Report on vaccination in the Province of Bengal - 1869-1873
Year: 1869
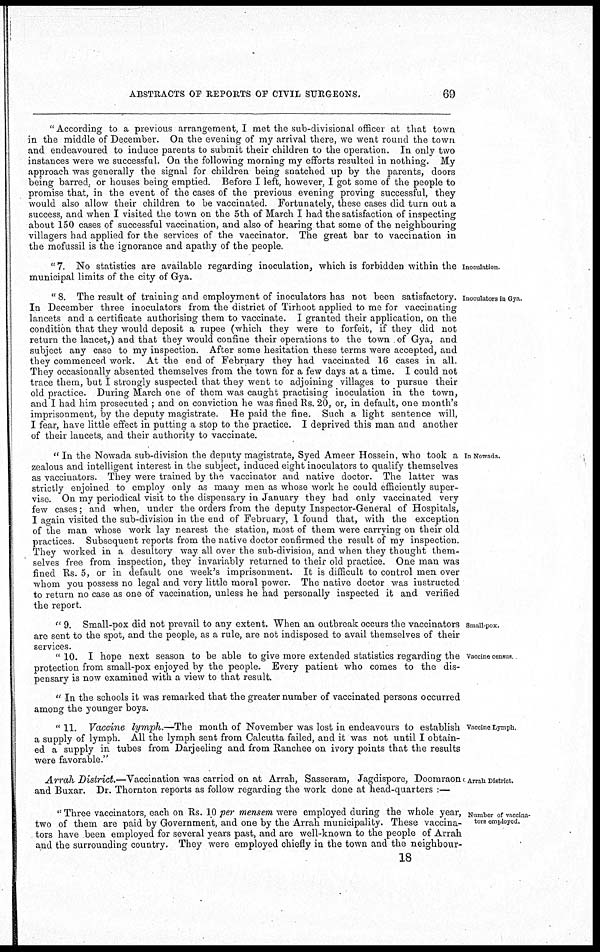
ABSTRACTS OF REPORTS OF CIVIL SURGEONS.
69
" According to a previous arrangement, I met the sub-divisional officer at that town
in the middle of December. On the evening of my arrival there, we went round the town
and endeavoured to induce parents to submit their children to the operation. In only two
instances were we successful. On the following morning my efforts resulted in nothing. My
approach was generally the signal for children being snatched up by the parents, doors
being barred, or houses being emptied. Before I left, however, I got some of the people to
promise that, in the event of the cases of the previous evening proving successful, they
would also allow their children to be vaccinated. Fortunately, these cases did turn out a
success, and when I visited the town on the 5th of March I had the satisfaction of inspecting
about 150 cases of successful vaccination, and also of hearing that some of the neighbouring
villagers had applied for the services of the vaccinator. The great bar to vaccination in
the mofussil is the ignorance and apathy of the people.
Inoculation.
" 7. No statistics are available regarding inoculation, which is forbidden within the
municipal limits of the city of Gya.
Inoculators in Gya.
" 8. The result of training and employment of inoculators has not been satisfactory.
In December three inoculators from the district of Tirhoot applied to me for vaccinating
lancets and a certificate authorising them to vaccinate. I granted their application, on the
condition that they would deposit a rupee (which they were to forfeit, if they did not
return the lancet,) and that they would confine their operations to the town of Gya, and
subject any case to my inspection. After some hesitation these terms were accepted, and
they commenced work. At the end of February they had vaccinated 16 cases in all.
They occasionally absented themselves from the town for a few days at a time. I could not
trace them, but I strongly suspected that they went to adjoining villages to pursue their
old practice. During March one of them was caught practising inoculation in the town,
and I had him prosecuted ; and on conviction he was fined Rs. 20, or, in default, one month's
imprisonment, by the deputy magistrate. He paid the fine. Such a light sentence will,
I fear, have little effect in putting a stop to the practice. I deprived this man and another
of their lancets, and their authority to vaccinate.
In Nowada.
" In the Nowada sub-division the deputy magistrate, Syed Ameer Hossein, who took a
zealous and intelligent interest in the subject, induced eight inoculators to qualify themselves
as vaccinators. They were trained by the vaccinator and native doctor. The latter was
strictly enjoined to employ only as many men as whose work he could efficiently super-
vise. On my periodical visit to the dispensary in January they had only vaccinated very
few cases; and when, under the orders from the deputy Inspector-General of Hospitals,
I again visited the sub-division in the end of February, 1 found that, with the exception
of the man whose work lay nearest the station, most of them were carrying on their old
practices. Subsequent reports from the native doctor confirmed the result of my inspection.
They worked in a desultory way all over the sub-division, and when they thought them-
selves free from inspection, they invariably returned to their old practice. One man was
fined Rs. 5, or in default one week's imprisonment. It is difficult to control men over
whom you possess no legal and very little moral power. The native doctor was instructed
to return no case as one of vaccination, unless he had personally inspected it and verified
the report.
Small-pox.
" 9. Small-pox did not prevail to any extent. When an outbreak occurs the vaccinators
are sent to the spot, and the people, as a rule, are not indisposed to avail themselves of their
services.
Vaccine census
" 10. I hope next season to be able to give more extended statistics regarding the
protection from small-pox enjoyed by the people. Every patient who comes to the dis-
pensary is now examined with a view to that result.
" In the schools it was remarked that the greater number of vaccinated persons occurred
among the younger boys.
Vaccine Lymph.
" 11. Vaccine lymph.—The month of November was lost in endeavours to establish
a supply of lymph. All the lymph sent from Calcutta failed, and it was not until I obtain-
ed a supply in tubes from Darjeeling and from Ranchee on ivory points that the results
were favorable."
Arrah District.
Arrah District.—Vaccination was carried on at Arrah, Sasseram, Jagdispore, Doomraon
and Buxar. Dr. Thornton reports as follow regarding the work done at head-quarters :—
Number of vaccina-
tors employed.
" Three vaccinators, each on Rs. 10 per mensem were employed during the whole year,
two of them are paid by Government, and one by the Arrah municipality. These vaccina-
tors have been employed for several years past, and are well-known to the people of Arrah
and the surrounding country. They were employed chiefly in the town and the neighbour-
18